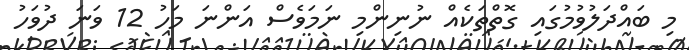
މި ބައްދަލުވުމުގައި ގޮތްތަކެއް ނުނިންމި ނަމަވެސް އަންނަ މަހު 12 ވަނަ ދުވަހު